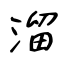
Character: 溜